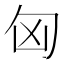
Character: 匈